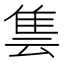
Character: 𨾜